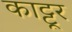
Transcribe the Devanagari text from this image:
काट्टूर